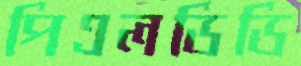
পিএলডিডি